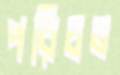
পরিচত